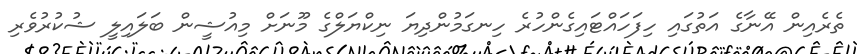
ތެރެއިން އޭނާގެ އަތުގައި ހިފަހައްޓައިގެންހުރެ ހިނގަމުންދިޔަ ނިކްޔަލްގެ މޫނަށް މިއުޝީން ބަލައިލީ ޝުކުރުވެރި